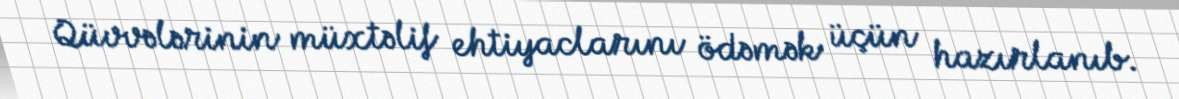
Qüvvələrinin müxtəlif ehtiyaclarını ödəmək üçün hazırlanıb.